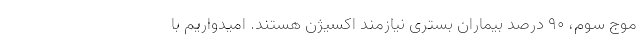
موج سوم، ۹۰ درصد بیماران بستری نیازمند اکسیژن هستند. امیدواریم با